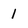
Character: 1